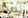
يصدر